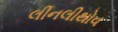
લીનલીથોવ